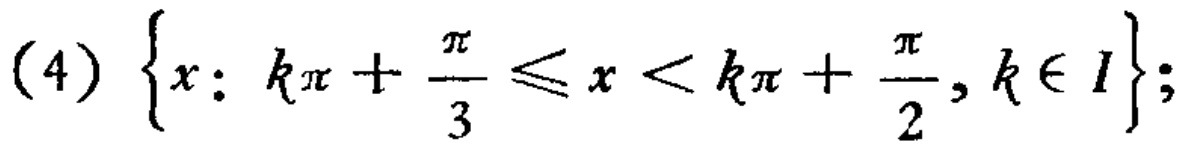
(4) \(\{x: k\pi+\frac{\pi}{3}\leq x < k\pi+\frac{\pi}{2}, k\in I\}\);